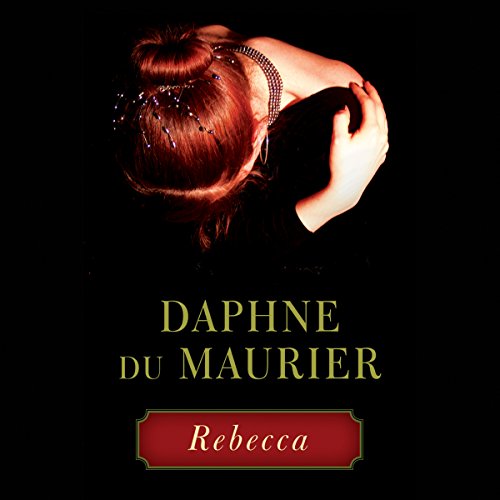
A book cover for Rebecca; Daphne du Maurier; Romance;